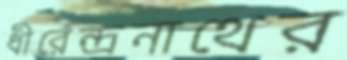
ধীরেন্দ্রনাথের